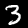
Label: 3